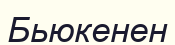
Бьюкенен